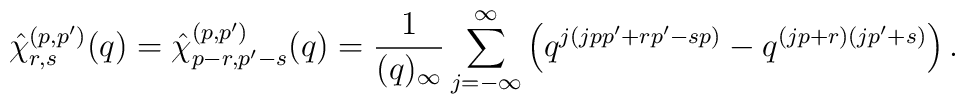
\hat{\chi}^{(p,p')}_{r,s}(q)=\hat{\chi}^{(p,p')}_{p-r,p'-s}(q)=\frac{1}{(q)_{\infty}}\sum_{j=-\infty}^{\infty} \left( q^{j(jpp'+rp'-sp)}- q^{(jp+r)(jp'+s)} \right).